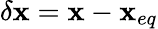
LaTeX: \delta\mathbf{x}=\mathbf{x}-\mathbf{x}_{eq}